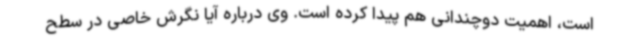
است، اهمیت دوچندانی هم پیدا کرده است. وی درباره آیا نگرش خاصی در سطح